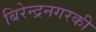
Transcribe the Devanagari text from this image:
बिरेन्द्रनगरकी